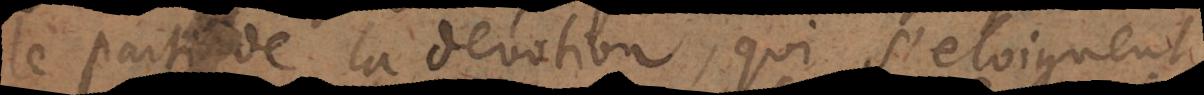
le parti de la devotion, qui s’eloignent